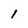
Character: i